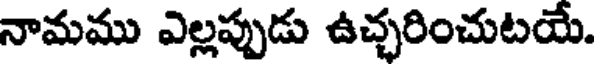
నామము ఎల్లప్పుడు ఉచ్చరించుటయే.